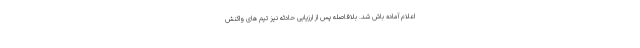
اعلام آماده باش شد. بلافاصله پس از ارزیابی حادثه نیز تیم های واکنش